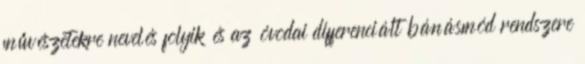
művészetekre nevelés folyik és az óvodai differenciált bánásmód rendszere